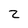
Character: 2